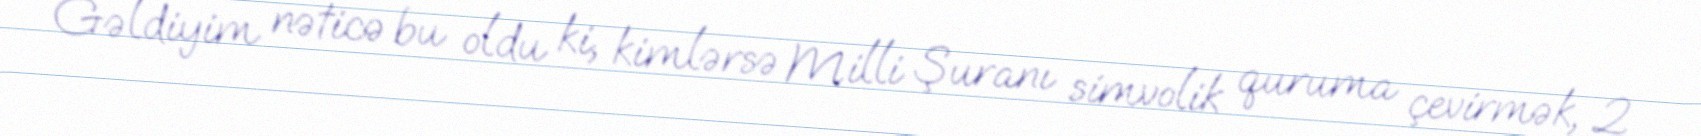
Gəldiyim nəticə bu oldu ki, kimlərsə Milli Şuranı simvolik quruma çevirmək, 2